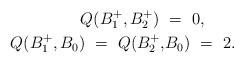
LaTeX: \begin{align*} Q(B_1^+, B_2^+) \ &= \ 0, \\Q(B_1^+, B_0) \ = \ Q(B_2^+, &B_0) \ = \ 2. \end{align*}